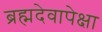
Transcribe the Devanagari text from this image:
ब्रह्मदेवापेक्षा